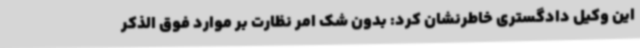
این وکیل دادگستری خاطرنشان کرد: بدون شک امر نظارت بر موارد فوق الذکر